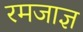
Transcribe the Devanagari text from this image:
रमजाज्ञ